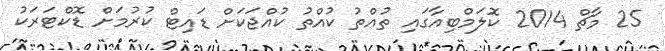
25 މާޗް 2014 ކޮލަމްބިއާގައި ތުއްތު ކުއްތު ކުއްޖަކަށް ޑައިޓް ކުރުމަށް ޑޮކްޓަރަކު